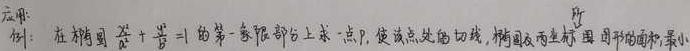
例：在椭圆$\frac{x^{2}}{a^{2}}+\frac{y^{2}}{b^{2}} = 1$的第一象限部分上求一点$P$，使该点处的切线，椭圆及两坐标轴 围成图形的面积最小。